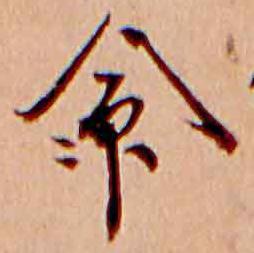
命